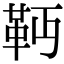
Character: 𩉣